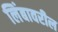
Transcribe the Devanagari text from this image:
लिंबावरील